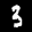
Digit: 3